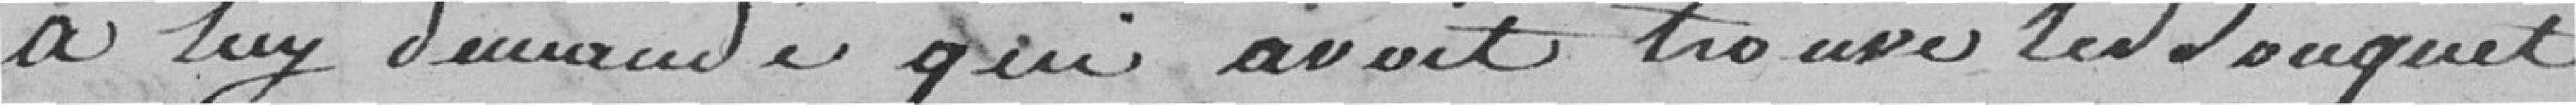
à lui demander sui avait trouvé le bouquet